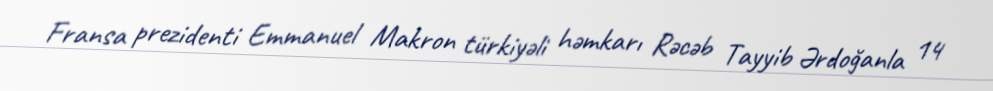
Fransa prezidenti Emmanuel Makron türkiyəli həmkarı Rəcəb Tayyib Ərdoğanla 14